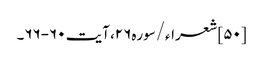
[۵۰] شعراء/سوره۲۶، آیت ۶۰-۶۶۔